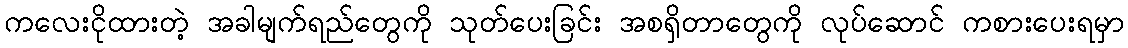
ကလေးငိုထားတဲ့ အခါမျက်ရည်တွေကို သုတ်ပေးခြင်း အစရှိတာတွေကို လုပ်ဆောင် ကစားပေးရမှာ